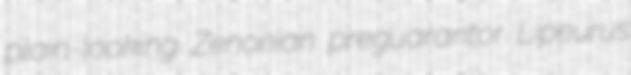
plain-looking Zenonian preguarantor Lipeurus